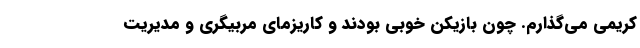
کریمی می‌گذارم. چون بازیکن خوبی بودند و کاریزمای مربیگری و مدیریت